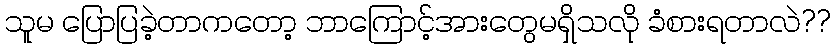
သူမ ပြောပြခဲ့တာကတော့ ဘာကြောင့်အားတွေမရှိသလို ခံစားရတာလဲ??